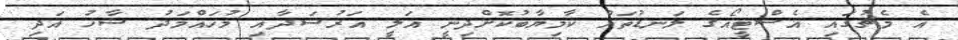
އެ މެޗުގައި އެސްޓީއޯގެ ލަނޑުތައް ކާމިޔާބުކޮށްދިނީ އަލީ އަރުޝަދާއި މުހައްމަދު ޝާހު އަދި